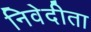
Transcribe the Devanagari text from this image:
निवेदीता